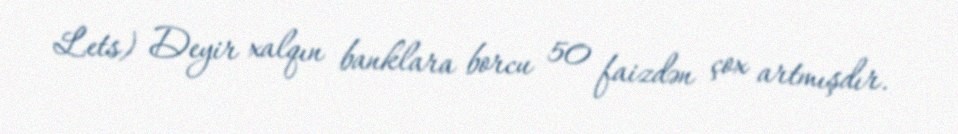
Lets) Deyir xalqın banklara borcu 50 faizdən çox artmışdır.